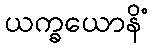
ယက္ခယောနိံ